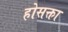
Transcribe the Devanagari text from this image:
होसक्ता